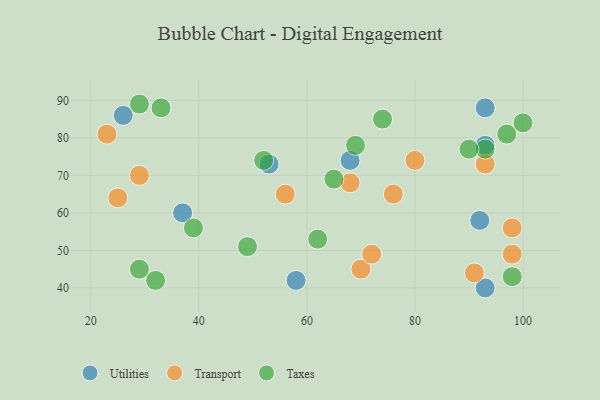
{"axis": {"x": "GDP", "y": "Life Expectancy"}, "legend": ["Taxes", "Transport", "Utilities"], "data": [{"x": "92", "y": 58, "type": "Utilities"}, {"x": "93", "y": 40, "type": "Utilities"}, {"x": "53", "y": 73, "type": "Utilities"}, {"x": "37", "y": 60, "type": "Utilities"}, {"x": "68", "y": 74, "type": "Utilities"}, {"x": "58", "y": 42, "type": "Utilities"}, {"x": "26", "y": 86, "type": "Utilities"}, {"x": "93", "y": 78, "type": "Utilities"}, {"x": "93", "y": 88, "type": "Utilities"}, {"x": "98", "y": 56, "type": "Transport"}, {"x": "23", "y": 81, "type": "Transport"}, {"x": "70", "y": 45, "type": "Transport"}, {"x": "72", "y": 49, "type": "Transport"}, {"x": "93", "y": 73, "type": "Transport"}, {"x": "68", "y": 68, "type": "Transport"}, {"x": "56", "y": 65, "type": "Transport"}, {"x": "29", "y": 70, "type": "Transport"}, {"x": "80", "y": 74, "type": "Transport"}, {"x": "98", "y": 49, "type": "Transport"}, {"x": "91", "y": 44, "type": "Transport"}, {"x": "76", "y": 65, "type": "Transport"}, {"x": "25", "y": 64, "type": "Transport"}, {"x": "32", "y": 42, "type": "Taxes"}, {"x": "52", "y": 74, "type": "Taxes"}, {"x": "29", "y": 45, "type": "Taxes"}, {"x": "100", "y": 84, "type": "Taxes"}, {"x": "65", "y": 69, "type": "Taxes"}, {"x": "69", "y": 78, "type": "Taxes"}, {"x": "62", "y": 53, "type": "Taxes"}, {"x": "49", "y": 51, "type": "Taxes"}, {"x": "93", "y": 77, "type": "Taxes"}, {"x": "39", "y": 56, "type": "Taxes"}, {"x": "97", "y": 81, "type": "Taxes"}, {"x": "29", "y": 89, "type": "Taxes"}, {"x": "98", "y": 43, "type": "Taxes"}, {"x": "33", "y": 88, "type": "Taxes"}, {"x": "90", "y": 77, "type": "Taxes"}, {"x": "74", "y": 85, "type": "Taxes"}]}